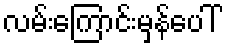
လမ်းကြောင်းမှန်ပေါ်